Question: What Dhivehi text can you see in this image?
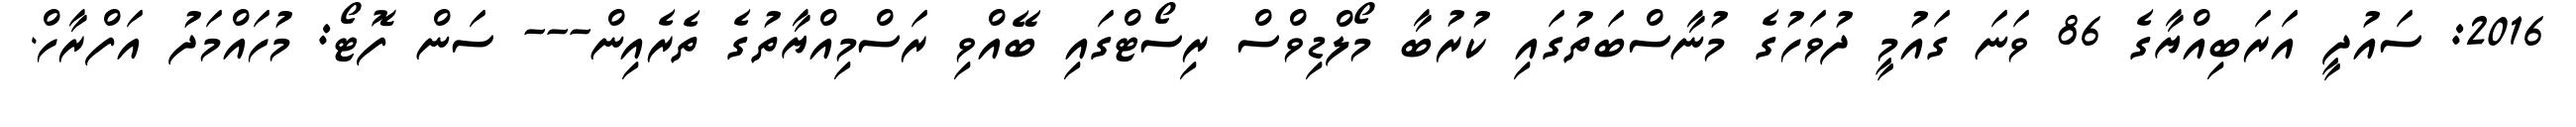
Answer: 2016: ސައުދީ އަރަބިއްޔާގެ 86 ވަނަ ގައުމީ ދުވަހުގެ މުނާސްބަތުގައި ކުރުބާ މޯލްޑިވްސް ރިސޯޓްގައި ބޭއްވި ރަސްމިއްޔާތުގެ ތެރެއިން--- ސަން ފޮޓޯ: މުހައްމަދު އަފްރާހް.